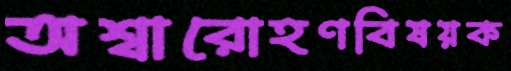
অশ্বারোহণবিষয়ক